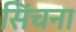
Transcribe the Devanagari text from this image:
सिंचना